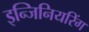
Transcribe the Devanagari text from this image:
इन्जिनियरिंग